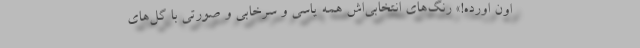
اون اورده!» رنگ‌های انتخابی‌اش همه یاسی و سرخابی و صورتی با گل‌های